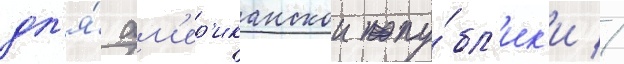
дл'я́ ам'ер'иканскои пу́бл'ик'и //